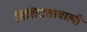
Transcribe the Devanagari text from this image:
विशिटतावाली